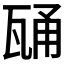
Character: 𭺢